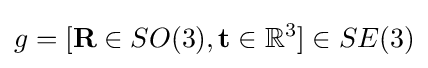
g=[\mathbf {R} \in SO(3),\mathbf {t} \in \mathbb {R} ^{3}]\in SE(3)